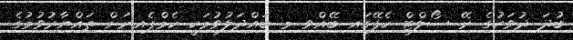
ބުދަ ދުވަހުގެ ރޭ ސޯލްޓް ކެފޭގައި ބޭއްވި މި ބައްދަލުވުމަކީ ކެމްޕެއިނަށް ތައްޔާރުވުމުގެ